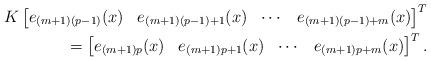
LaTeX: \begin{align*}K\begin{bmatrix} e_{(m+1)(p-1)}(x) & e_{(m+1)(p-1)+1}(x) & \cdots & e_{(m+1)(p-1)+m}(x)\end{bmatrix}^{T}\\=\begin{bmatrix} e_{(m+1)p}(x) & e_{(m+1)p+1}(x) & \cdots & e_{(m+1)p+m}(x)\end{bmatrix}^{T}.\end{align*}